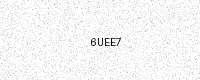
Text: 6UEE7